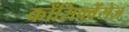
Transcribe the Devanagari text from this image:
कोंसिक्वेंसेज़